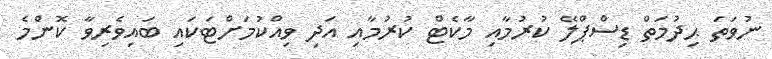
ނުވަތަ ޙިދުމަތް ޑިސްޕްލޭ ކުރުމާއި މާކެޓް ކުރުމާއި އަދި ވިއްކުމަށްޓަކައި ބައިވެރިވާ ކޮންމެ